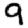
Digit: 9